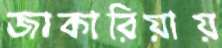
জাকারিয়ায়